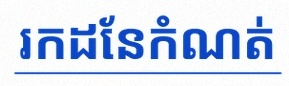
រកដែនកំណត់